Report on sanitation, dispensaries, and jails in Rajputana for 1912, and on vaccination for the year 1912-1913 - 1912-1913
Year: 1912
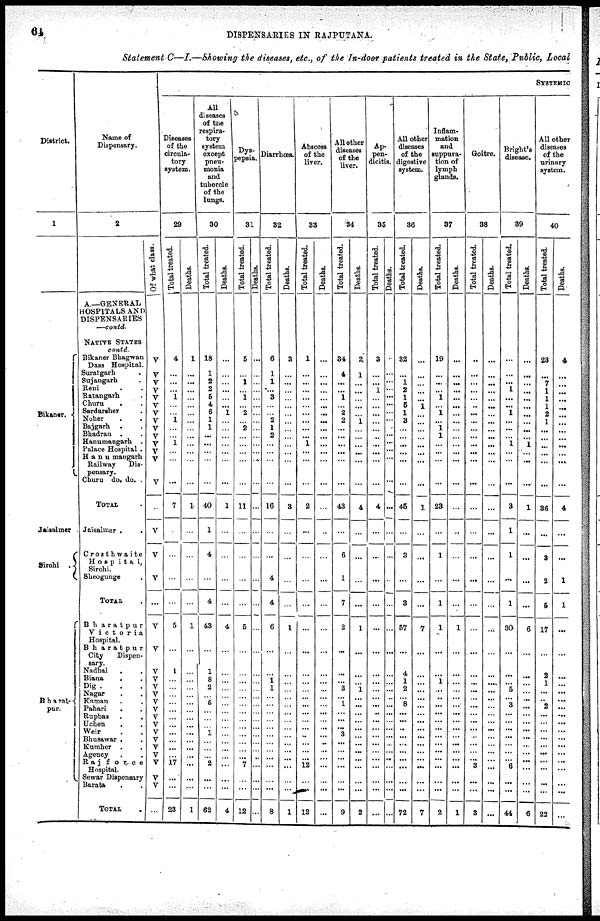
64
DISPENSARIES IN RAJPUTANA.
Statement C—I.—Showing the diseases, etc., of the In-door patients treated in the State, Public, Local
District.
1
Bikaner.
Jaisalmer
Sirohi
Bharat-
pur.
Name of
Dispensary.
2
A— GENERAL
HOSPITALS AND
DISPENSARIES
—contd.
NATIVE STATES
contd
Bikaner Bhagwan
Dass Hospital .
Suratgarh .
Sujangarh .
Reni . .
Ratangarh .
Churu . .
Sardarsher .
Nohar . .
Bajgarh . .
Bhadran . .
Hanumangarh .
Palace Hospital .
Hanumangarh
Railway
Dis-
pensary.
Churu do. do.
TOTAL
Jaisalmer .
Crosthwaite
Hospital,
Sirohi.
Sheogunge .
TOTAL .
Bharatpur
Victoria
Hospital.
Bharatpur
City
Dispen-
sary
Nadbai . .
Biana . .
Dig . . .
Nagar . .
Kaman . .
Pahari . .
Rupbas . .
Uchen . .
Weir . .
Bhusawar . .
Kumher . .
Agency . .
Raj
force
Hospital
Sewar Dispensary
Barata . .
TOTAL .
Of what class.
V
V
V
V
V
V
V
V
V
V
V
V
V
V
V
V
V
...
V
V
V
V
V
V
V
V
V
V
V
V
V
V
V
V
V
...
SYSTEMIC
Diseases
of the
circula-
tory
system.
29
Total treated.
4
...
...
... 1
...
...
1
...
...
1
...
...
...
7
...
...
...
...
5
...
1
...
...
...
...
...
...
...
...
...
...
...
17
...
...
23
Deaths.
1
...
...
...
...
...
...
...
...
...
...
...
...
...
1
...
...
...
...
1
...
...
...
...
...
...
...
...
...
...
...
...
...
...
...
...
1
All
diseases
of the
respira-
tory
system
except
pneu-
monia
and
tubercle
of the
lunge.
30
Total treated.
18
1
2
2
5
4
6
1
1
...
...
...
...
...
40
1
4
...
4
48
...
1
8
2
... 5
...
...
...
1
...
...
...
2
...
...
62
Deaths.
...
...
...
...
...
...
1
...
...
...
...
...
...
...
1
...
...
...
...
4
...
...
...
...
...
...
...
...
...
...
...
...
...
...
...
...
4
Dys-
pepsia.
31
Total treated.
5
...
1
...
1
...
2
... 2
...
...
...
...
...
11
...
...
...
...
5
...
...
...
...
...
...
...
...
...
...
...
...
...
7
...
...
12
Deaths.
...
...
...
...
...
...
...
...
...
...
...
...
...
...
...
...
...
...
...
...
...
...
...
...
...
...
...
...
...
...
...
...
...
...
...
...
...
Diarrhœa.
32
Total treated.
6
1
1
...
3
...
...
2
1
2
...
...
...
...
16
...
...
4
4
6
...
...
1 1
...
...
...
...
...
...
...
...
...
...
...
...
8
Deaths.
3
...
...
...
...
...
...
...
...
...
...
...
...
...
3
...
...
...
...
1
...
...
...
...
...
...
...
...
...
...
...
...
...
...
...
...
1
Abscees
of the
liver.
33
Total treated.
1
...
...
...
...
...
...
...
...
...
1
...
...
...
2
...
...
...
...
...
...
...
...
...
...
...
...
...
...
...
...
...
...
12
...
...
12
Deaths.
...
...
...
...
...
...
...
...
...
...
...
...
...
...
...
...
...
...
...
...
...
...
...
...
...
...
...
...
...
...
...
...
...
...
...
...
...
All other
diseases
of the
liver.
34
Total treated.
34
4
...
...
1
...
2
2
...
...
...
...
...
...
43
...
6
1
7
2
...
...
... 3
... 1
...
...
...
3
...
...
...
...
...
...
9
Deaths.
2
1
...
...
...
...
...
1
...
...
...
...
...
...
4
...
...
...
...
1
...
...
... 1
...
...
...
...
...
...
...
...
...
...
...
...
2
Ap-
pen-
dicitis.
35
Total treated.
3
...
...
1
...
...
...
...
...
...
...
...
...
...
4
...
...
...
...
...
...
...
...
...
...
...
...
...
...
...
...
...
...
...
...
...
...
Deaths.
.
...
...
...
...
...
...
...
...
...
...
...
...
...
...
...
...
...
...
...
...
...
...
...
...
...
...
...
...
...
...
...
...
...
...
...
...
All other
diseases
of the
digestive
system.
36
Total treated.
32
...
1
2
1
5
1
3
...
...
...
...
...
...
45
...
3
...
3
57
...
4
1
2
... 8
...
...
...
...
...
...
...
...
...
...
72
Deaths.
...
...
...
...
...
1
...
...
...
...
...
...
...
...
1
...
...
...
...
7
...
...
...
...
...
...
...
...
...
...
...
...
...
...
...
...
7
Inflam-
mation
and
suppura-
tion of
lymph
glands.
37
Total treated.
19
...
...
...
1
...
1
... 1
1
...
...
...
...
23
...
1
...
1
1
...
...
1
...
...
...
...
...
...
...
...
...
...
...
...
...
2
Deaths.
...
...
...
...
...
...
...
...
...
...
...
...
...
...
...
...
...
...
...
1
...
...
...
...
...
...
...
...
...
...
...
...
...
...
...
...
1
Goitre.
38
Total treated.
..
...
...
...
...
...
...
...
...
...
...
...
...
...
...
...
...
...
...
...
...
...
...
...
...
...
...
...
...
...
...
...
...
3
...
...
3
Deaths.
...
...
...
...
...
...
...
...
...
...
...
...
...
...
...
...
...
...
...
...
...
...
...
...
...
...
...
...
...
...
...
...
...
...
...
...
...
Bright's
disease.
39
Total treated.
...
...
...
1
...
...
1
...
...
...
1
...
...
...
3
1
1
...
1
30
...
...
... 5
...
...
...
...
...
...
...
...
...
6
...
...
44
Deaths.
...
...
...
...
...
...
...
...
...
...
1
...
...
...
1
...
...
...
...
6
...
...
...
...
...
..
...
...
...
...
...
...
...
...
...
...
6
All other
diseases
of the
urinary
system.
40
Total treated.
28
...
7
1
1
1
2
1
...
...
...
...
...
...
36
...
3
2
5
17
...
2
...
...
...
... 2
...
...
...
...
...
...
...
...
...
22
Deaths.
4
...
...
...
...
...
...
...
...
...
...
...
...
...
4
...
...
1
1
...
...
...
...
...
...
...
...
...
...
...
...
...
...
...
...
...
...